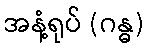
အနံ့ရုပ် (ဂန္ဓ)